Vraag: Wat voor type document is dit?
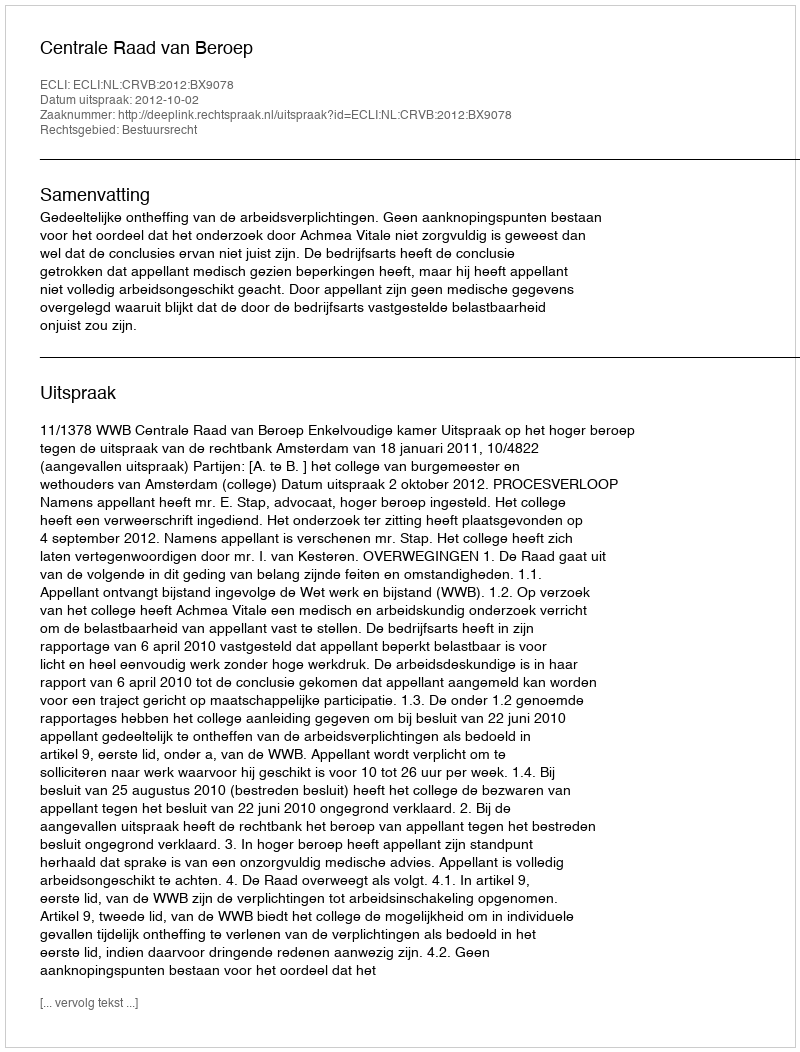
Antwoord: Uitspraak